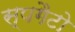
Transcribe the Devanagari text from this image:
स्पगैटो